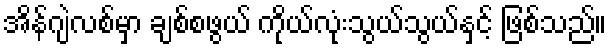
အိန်ဂျဲလစ်မှာ ချစ်စဖွယ် ကိုယ်လုံးသွယ်သွယ်နှင့် ဖြစ်သည်။